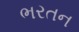
ભરતન